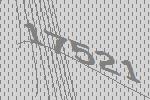
17521